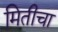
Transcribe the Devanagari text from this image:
मितीचा